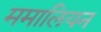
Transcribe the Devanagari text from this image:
ममालियन